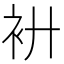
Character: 𧘬